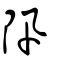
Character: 阠